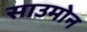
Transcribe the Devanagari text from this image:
साउमोन